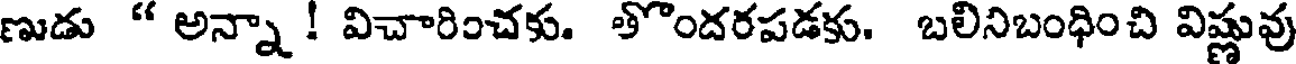
ణుడు " అన్నా ! విచారించకు. తొందరపడకు. బలినిబంధించి విష్ణువు